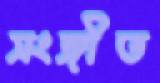
সংঙ্গীত